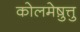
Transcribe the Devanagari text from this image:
कोलमेष़ुत्तु